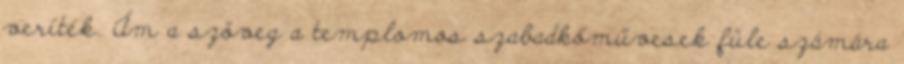
veríték. Ám a szöveg a templomos szabadkőművesek füle számára